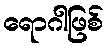
ရောဂါဖြစ်